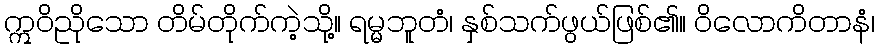
ဣဝိညိုသော တိမ်တိုက်ကဲ့သို့။ ရမ္မဘူတံ၊ နှစ်သက်ဖွယ်ဖြစ်၏။ ဝိလောကိတာနံ၊